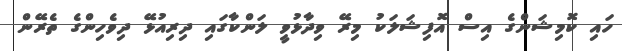
ހައި ކޮމިޝަންގެ އިސް އޮފިޝަލަކު މިރޭ ވިދާޅުވީ ލަންކާގައި ދިރިއުޅޭ ދިވެހިންގެ ތެރޭން